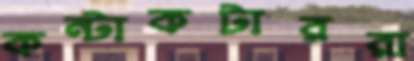
কন্টাকটাররা